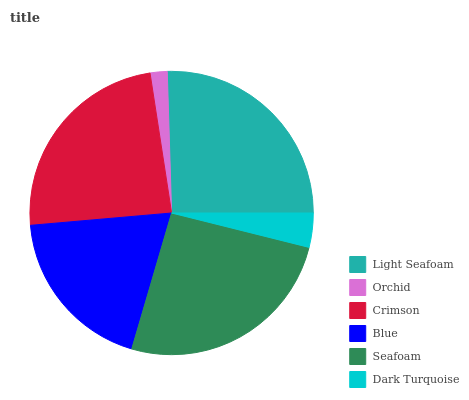
| Light Seafoam | Orchid | Crimson | Blue | Seafoam | Dark Turquoise |
 | --- | --- | --- | --- | --- | --- |
 | 25.5% | 1.94% | 23.9% | 19.1% | 25.6% | 3.9% |